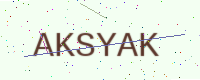
Text: AKSYAK